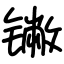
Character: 𬭯